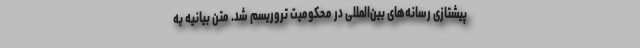
پیشتازی رسانه‌های بین‌المللی در محکومیت تروریسم شد. متن بیانیه به